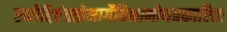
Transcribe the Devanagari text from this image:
एकोद्दिष्टंततोमार्गेविश्रामोयत्रकारितः